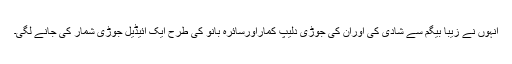
انہوں نے زیبا بیگم سے شادی کی اوران کی جوڑی دلیپ کماراورسائرہ بانو کی طرح ایک آئیڈیل جوڑی شمار کی جانے لگی۔